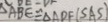
\Delta A B E \cong \Delta A D F ( S A S )